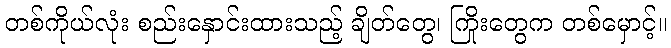
တစ်ကိုယ်လုံး စည်းနှောင်းထားသည့် ချိတ်တွေ၊ ကြိုးတွေက တစ်မှောင့်။